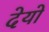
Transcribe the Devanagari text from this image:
देयो